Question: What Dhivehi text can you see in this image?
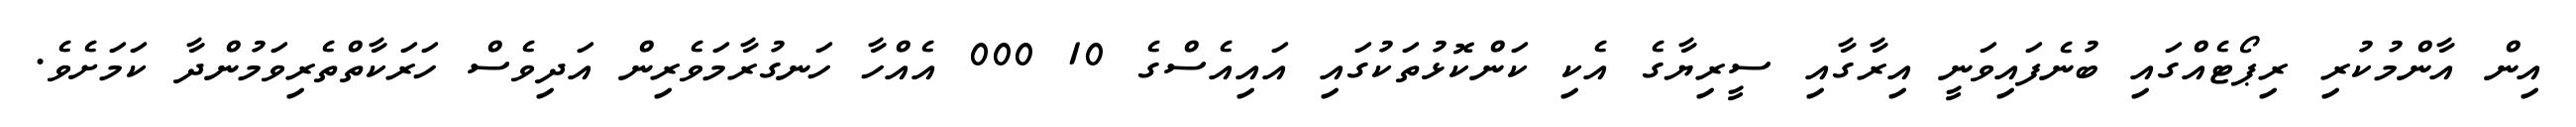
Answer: އިން އާންމުކުރި ރިޕޯޓެއްގައި ބުނެފައިވަނީ އިރާގާއި ސީރިޔާގެ އެކި ކަންކޮޅުތަކުގައި އައިއެސްގެ 10 000 އެއްހާ ހަނގުރާމަވެރިން އަދިވެސް ހަރަކާތްތެރިވަމުންދާ ކަމަށެވެ.